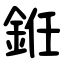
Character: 銋